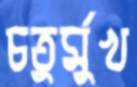
চতুর্মুখ